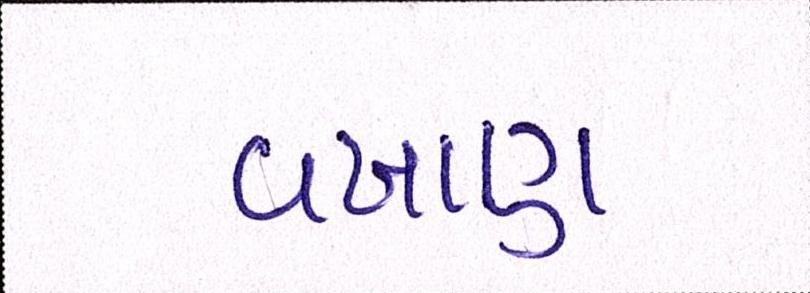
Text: વખાણ